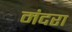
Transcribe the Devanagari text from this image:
मंदरा